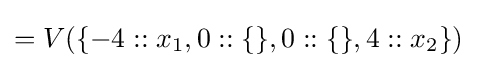
=V(\{-4::x_{1},0::\{\},0::\{\},4::x_{2}\})